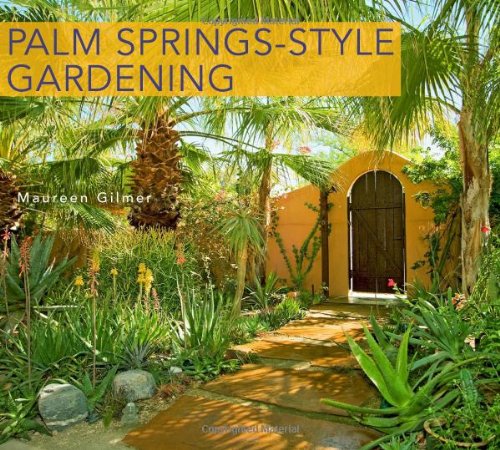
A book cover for Palm Springs-Style Gardening: The Complete Guide to Plants and Practices for Gorgeous Dryland Gardens; Maureen Gilmer; Crafts, Hobbies & Home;